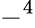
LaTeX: -^{4}